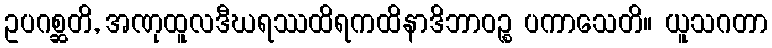
ဥပဂစ္ဆတိ, အဏုထူလဒီဃရဿထိရကထိနာဒိဘာဝဉ္စ ပကာသေတိ။ ယူသဂတာ